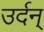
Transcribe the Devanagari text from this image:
उर्दन्